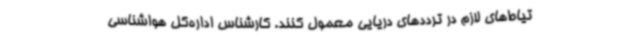
تیاط‌های لازم در ترددهای دریایی معمول کنند. کارشناس اداره‌کل هواشناسی